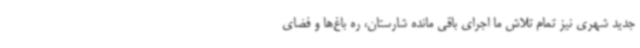
جدید شهری نیز تمام تلاش ما اجرای باقی مانده شارستان، ره باغ‌ها و فضای